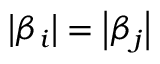
\left| \beta _ { i } \right| = \left| \beta _ { j } \right|